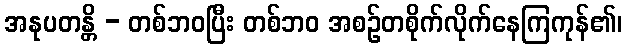
အနုပတန္တိ - တစ်ဘဝပြီး တစ်ဘဝ အစဉ်တစိုက်လိုက်နေကြကုန်၏၊